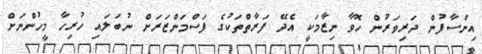
އިންސާފުން ދަރިވަރުން ހޮވާ ނިޒާމަކީ އެދޭ ފަރާތްތަކުގެ ފަސްމަންޒަރަށް ނުބަލައި ހުރިހާ މީހުންނަށް